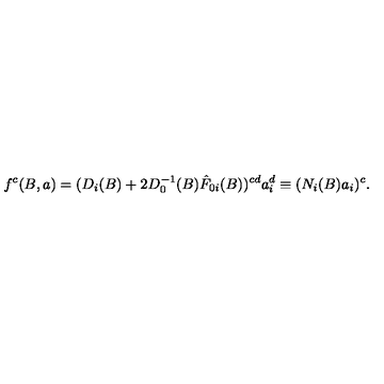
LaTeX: f ^ { c } ( B , a ) = ( D _ { i } ( B ) + 2 D _ { 0 } ^ { - 1 } ( B ) \hat { F } _ { 0 i } ( B ) ) ^ { c d } a _ { i } ^ { d } \equiv ( N _ { i } ( B ) a _ { i } ) ^ { c } .